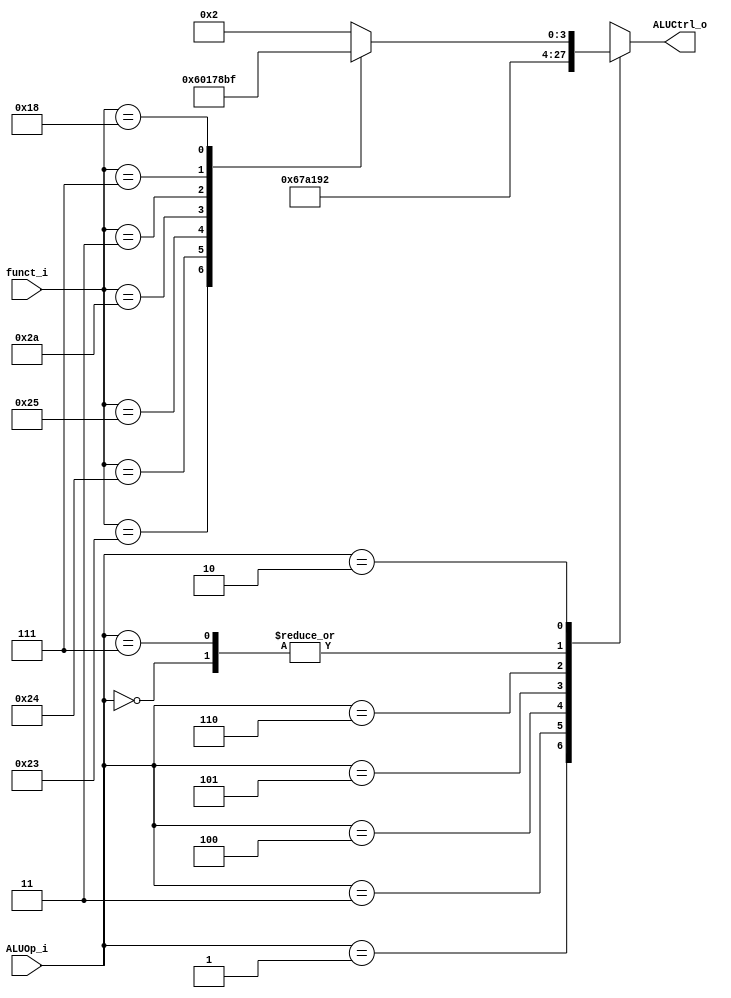
//Subject:     CO project 2 - ALU Controller
//--------------------------------------------------------------------------------
//Version:     1
//--------------------------------------------------------------------------------
//Writer:      
//----------------------------------------------
//Date:        
//----------------------------------------------
//Description: 
//--------------------------------------------------------------------------------

module ALU_Ctrl(
          funct_i,
          ALUOp_i,
          ALUCtrl_o
          );
          
//I/O ports 
input      [6-1:0] funct_i;
input      [3-1:0] ALUOp_i;

output     [4-1:0] ALUCtrl_o;    
     
//Internal Signals
reg        [4-1:0] ALUCtrl_o;
reg [3:0]ALUFunct_function;
always @(*)
	case (funct_i)

			6'b100001: ALUFunct_function <= 4'b0010;//2

			6'b100011: ALUFunct_function <= 4'b0110;//6

			6'b100100: ALUFunct_function <= 4'b0000;//0

			6'b100101: ALUFunct_function <= 4'b0001;//1

			6'b101010: ALUFunct_function <= 4'b0111;//7
			
			6'b000011: ALUFunct_function <= 4'b1000;//8

			6'b000111: ALUFunct_function <= 4'b1011;
			
			6'b011000: ALUFunct_function <= 4'b1111;//15
			
			default: ALUFunct_function <= 4'b0010;//2

	endcase
always @(*)

		case (ALUOp_i)

			3'b000: ALUCtrl_o <= 2;

			3'b001: ALUCtrl_o <= 6;

			3'b011: ALUCtrl_o <= 7;
			
			3'b100: ALUCtrl_o <= 10;
			
			3'b101: ALUCtrl_o <= 1;
			
			3'b110: ALUCtrl_o <= 9;
			
			3'b111: ALUCtrl_o <= 2;

			3'b010: ALUCtrl_o <= ALUFunct_function;

			default: ALUCtrl_o <= 2;

		endcase

endmodule